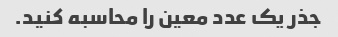
جذر یک عدد معین را محاسبه کنید.